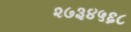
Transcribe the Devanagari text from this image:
२७३४५६८